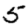
Digit: 5